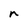
Character: n